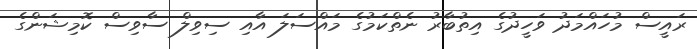
ރައީސް މުހައްމަދު ވަހީދުގެ އިތުބާރު ނެތްކަމުގެ މައްސަލަ އާއި ސިވިލް ސާވިސް ކޮމިޝަންގެ